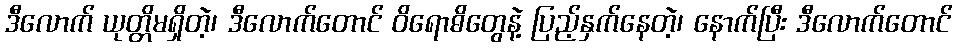
ဒီလောက် ယုတ္တိမရှိတဲ့၊ ဒီလောက်တောင် ဝိရောဓိတွေနဲ့ ပြည့်နှက်နေတဲ့၊ နောက်ပြီး ဒီလောက်တောင်